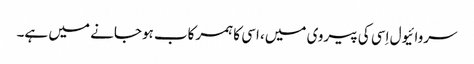
سروائیول اِسی کی پیروی میں، اسی کا ہمرکاب ہوجانے میں ہے۔